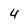
Character: 4